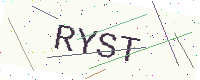
Text: RYST